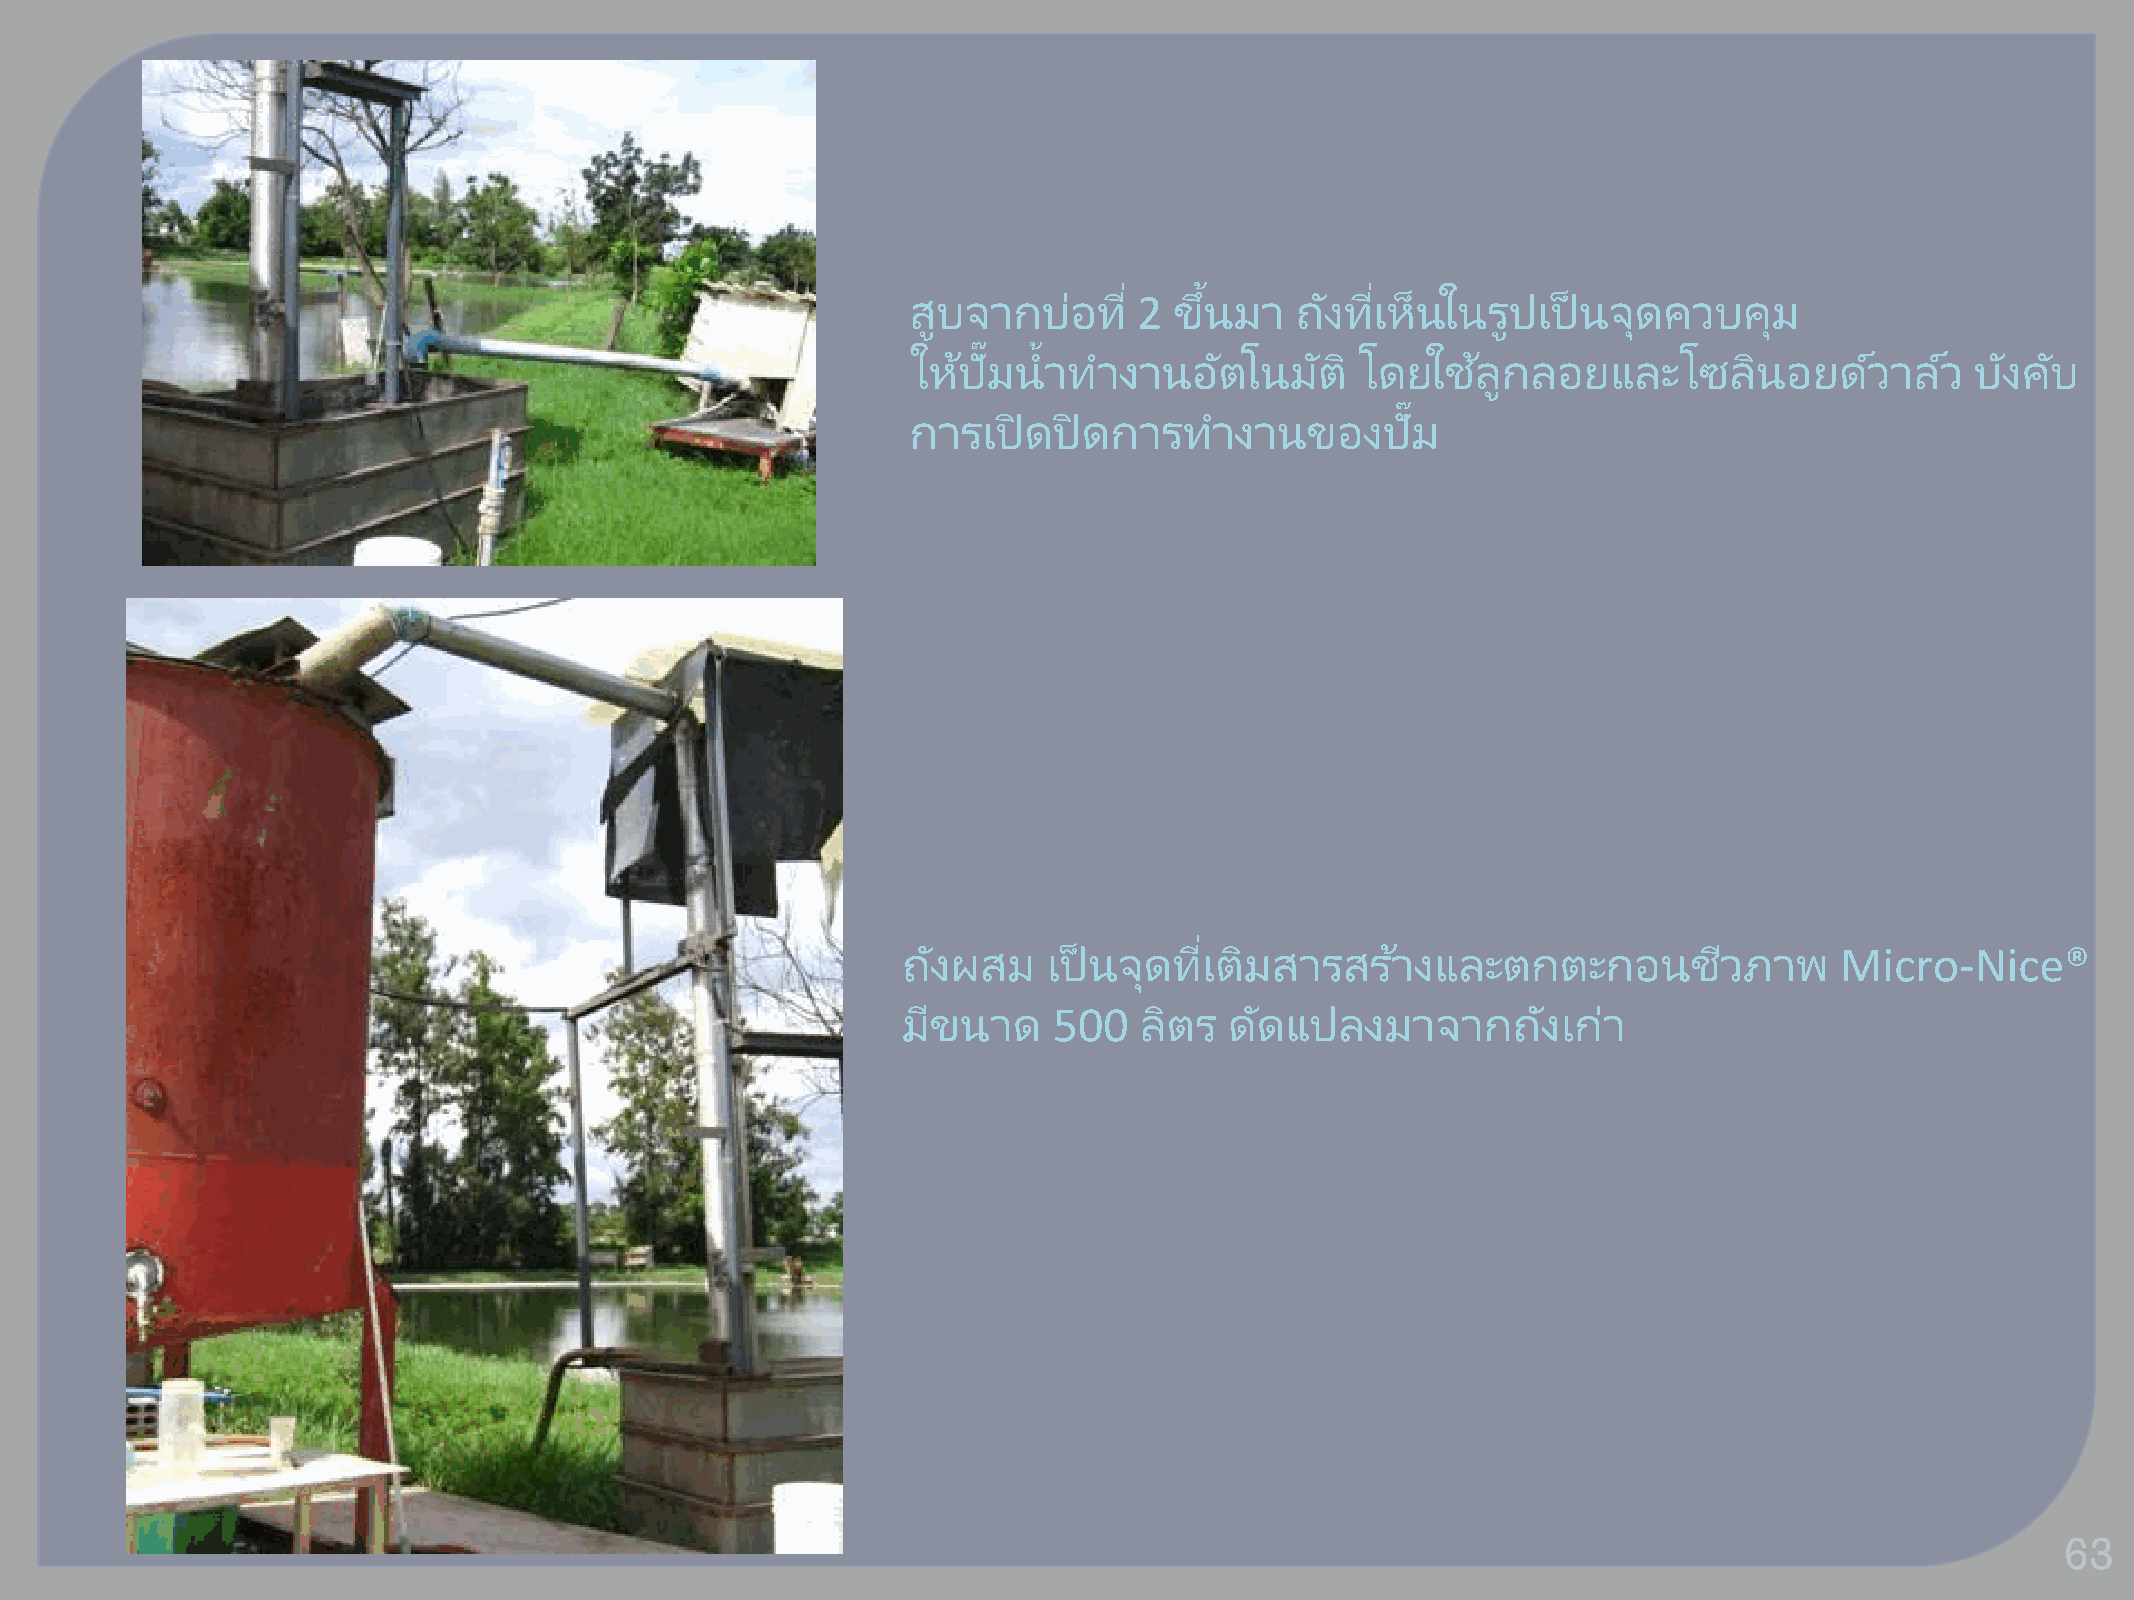
่    ้          ่
 สบู จากบ่อที   2  ขนึ มา  ถงั ทเี ห็นในรปู เป็ นจดุ ควบคมุ
 ๊   ้
 ใหป้ ัมน าท  างานอตั  โนมตั  ิ โดยใชล้ กู ลอยและโซลนิ     อยดว์  าลว์  บงั คบั
 ๊
 การเปิดปิดการทา       งานของปัม
 ่
 ถงั ผสม  เป็ นจดุ ทเี ตมิ สารสรา้ งและตกตะกอนชวี       ภาพ    Micro-Nice®
 มขี นาด   500  ลติ ร ดดั แปลงมาจากถงั      เกา่
 63